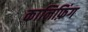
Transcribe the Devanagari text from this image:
कानिफ़िंग